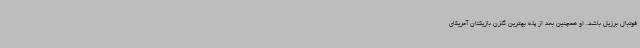
فوتبال برزیل باشد. او همچنین بعد از پله بهترین گلزن بازیکنان آمریکای